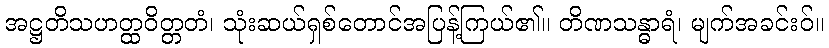
အဋ္ဌတိသဟတ္ထဝိတ္တတံ၊ သုံးဆယ်ရှစ်တောင်အပြန့်ကြယ်၏။ တိဏသန္ဓာရံ၊ မျက်အခင်းဝ်။